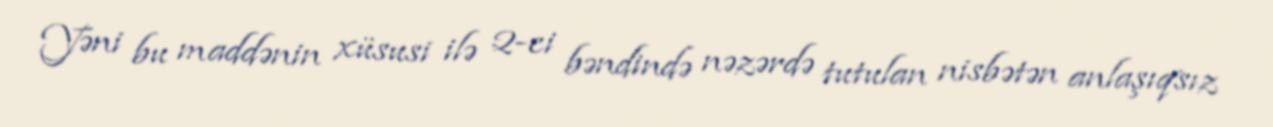
Yəni bu maddənin xüsusi ilə 2-ci bəndində nəzərdə tutulan nisbətən anlaşıqsız